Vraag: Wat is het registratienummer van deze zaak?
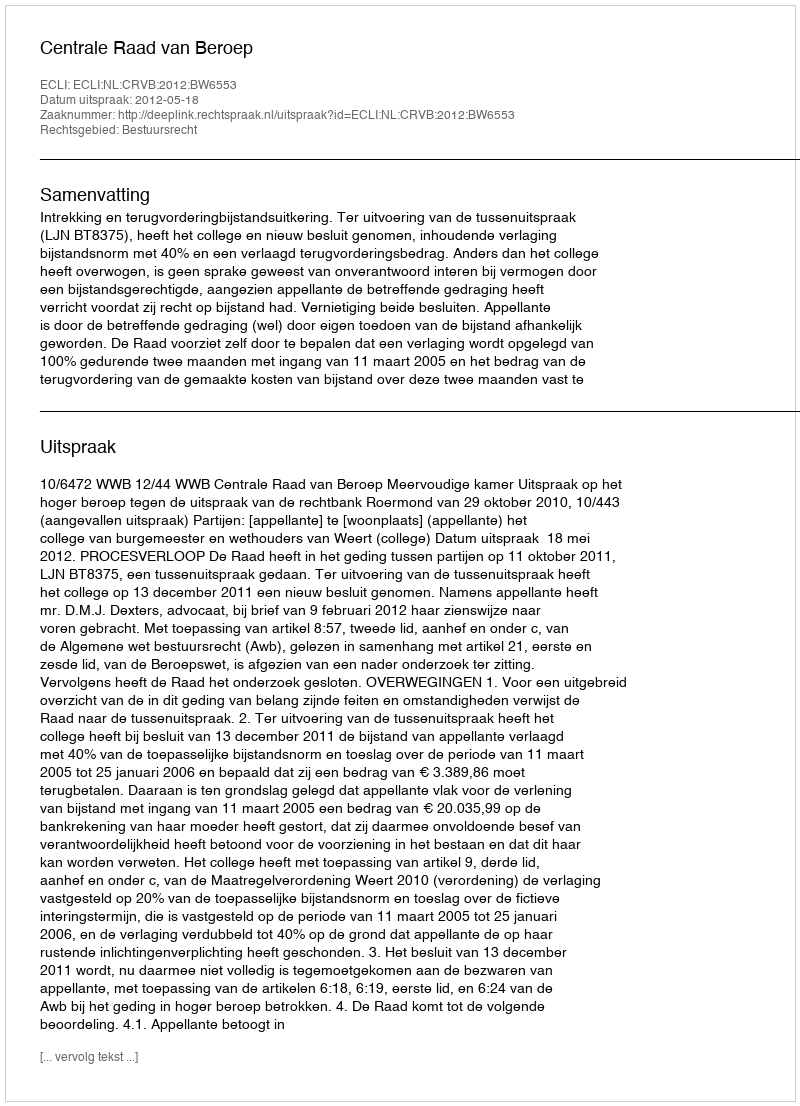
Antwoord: http://deeplink.rechtspraak.nl/uitspraak?id=ECLI:NL:CRVB:2012:BW6553